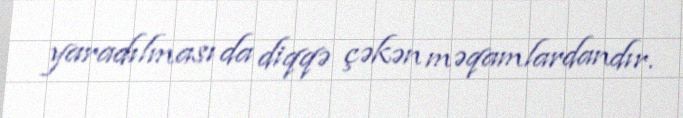
yaradılması da diqqə çəkən məqamlardandır.